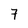
Character: 7